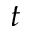
t